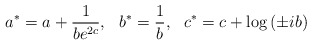
\begin{align*}a^{*}=a+\frac{1}{be^{2c}},\: \: \: b^{*}=\frac{1}{b},\: \: \:c^{*}=c+\log \left( \pm ib\right)\end{align*}